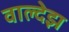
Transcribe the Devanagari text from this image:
वाल्देझ